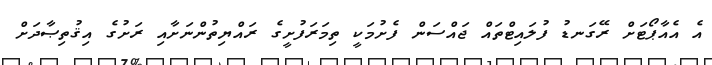
އެ އެއާޕޯޓަށް ރޭގަނޑު ފުލައިޓްތައް ޖައްސަން ފެށުމަކީ ތިމަރަފުށީގެ ރައްޔިތުންނަށާއި ރަށުގެ އިޤުތިޞާދަށް